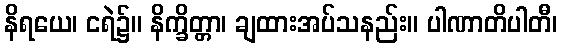
နိရယေ၊ ငရဲ၌။ နိက္ခိတ္တာ၊ ချထားအပ်သနည်း။ ပါဏာတိပါတီ၊